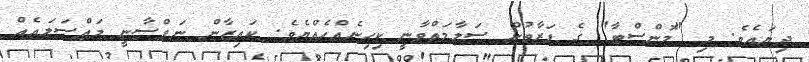
ދިޔައެވެ. މި "މޮންސްޓާ" ގެ ފަރާތުން ސަލާމަތްވާނީ ކިހިނެއްހެއްޔެވެ. ކައިޒާން ނަފްސާނީ މައްސަލައެއް